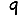
Digit: 9